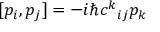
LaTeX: [ p _ { i } , p _ { j } ] = - i \hbar c ^ { k } { } _ { i j } p _ { k }